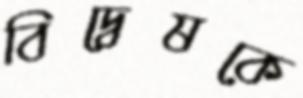
বিদ্বেষকে